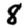
Digit: 8